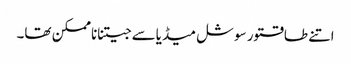
اتنے طاقتور سوشل میڈیاسے جیتناناممکن تھا۔